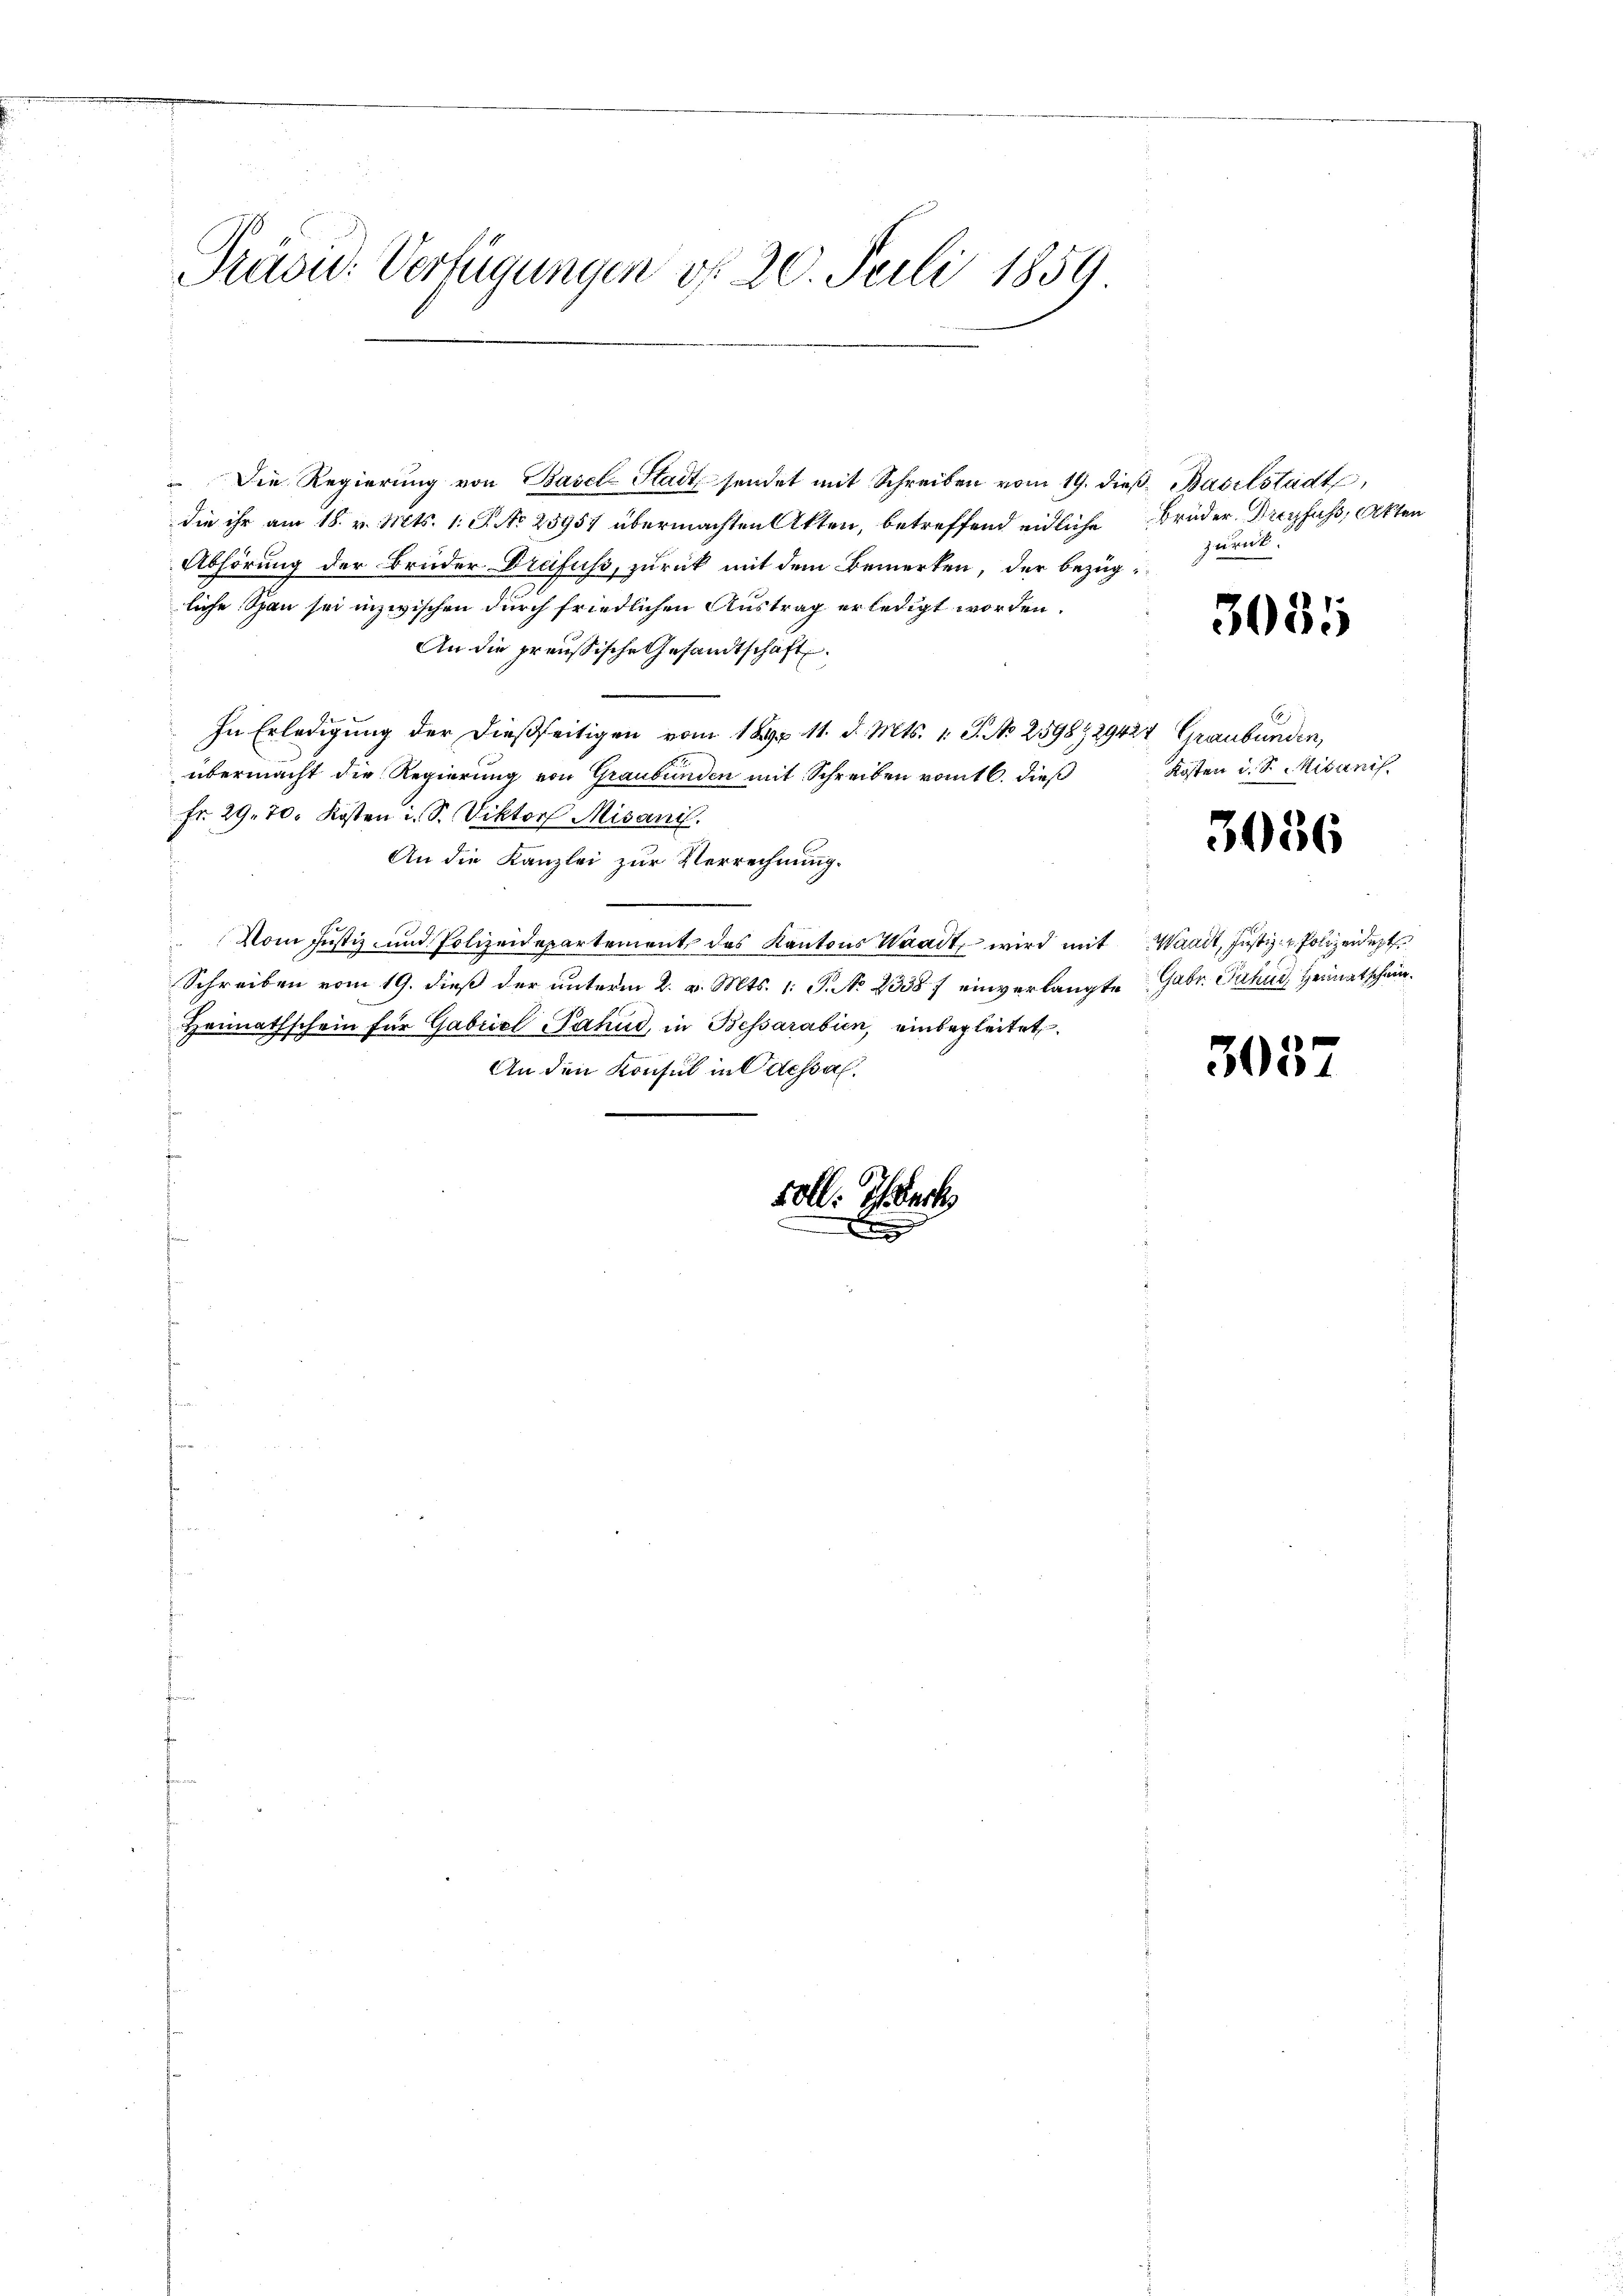
Präsu: Verfügungen d. 20. Juli 1859

"Die Regierŭng von Basel-Stadt sendet mit Schreiben vom 19. dieβ, Baselstadt,
die ihr am 18. v. Mts. 1. J. No. 28957 übermachten Akten, betreffend eidliche Brüder Dreyfuß, Akten
Abhörung der Brüder Drefuss, zurück mit dem Bemerken, der bezügliche Span sei inzwischen durch friedlichen Austrag erledigt worden.
An die preußische Gesandtschaft.
In Erledigung der dießseitigen vom 189. 11. d. Mts. 1. J. No 2598729424 Graubünden,
übermacht die Regierung von Graubünden mit Schreiben vom 16. dieß
Fr. 29. 70. Kosten i. S. Viktor Misani.
An die Kanzlei zur Verrechnung.
Vom Justiz- und Polizeidepartement des Kantons Waadt, wird mit Waadt, Justiz- & Polizeidet
Schreiben vom 19. dieß der unterm 2. v. Mts. 1. P. No 2338 f einverlangte Gebr. Jahn, Heimatschein¬
Heimathschein für Gabriel Fahnd, in Bessarabien, einbegleitet.
An den Konsul in Odessal.
soll. Ich erk

zurück

3081

Kosten d. S. Mitanis

3036

3057